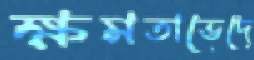
ক্ষমতাভেদে